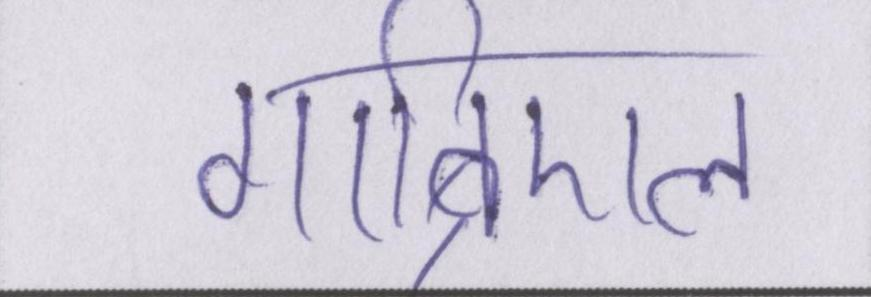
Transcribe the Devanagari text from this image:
गाब्रिएल